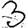
Digit: 3